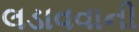
લડાવવાની